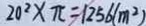
2 0 ^ { 2 } \times \pi = 1 2 5 6 ( m ^ { 2 } )